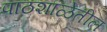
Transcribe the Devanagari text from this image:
पाठशाळेतील